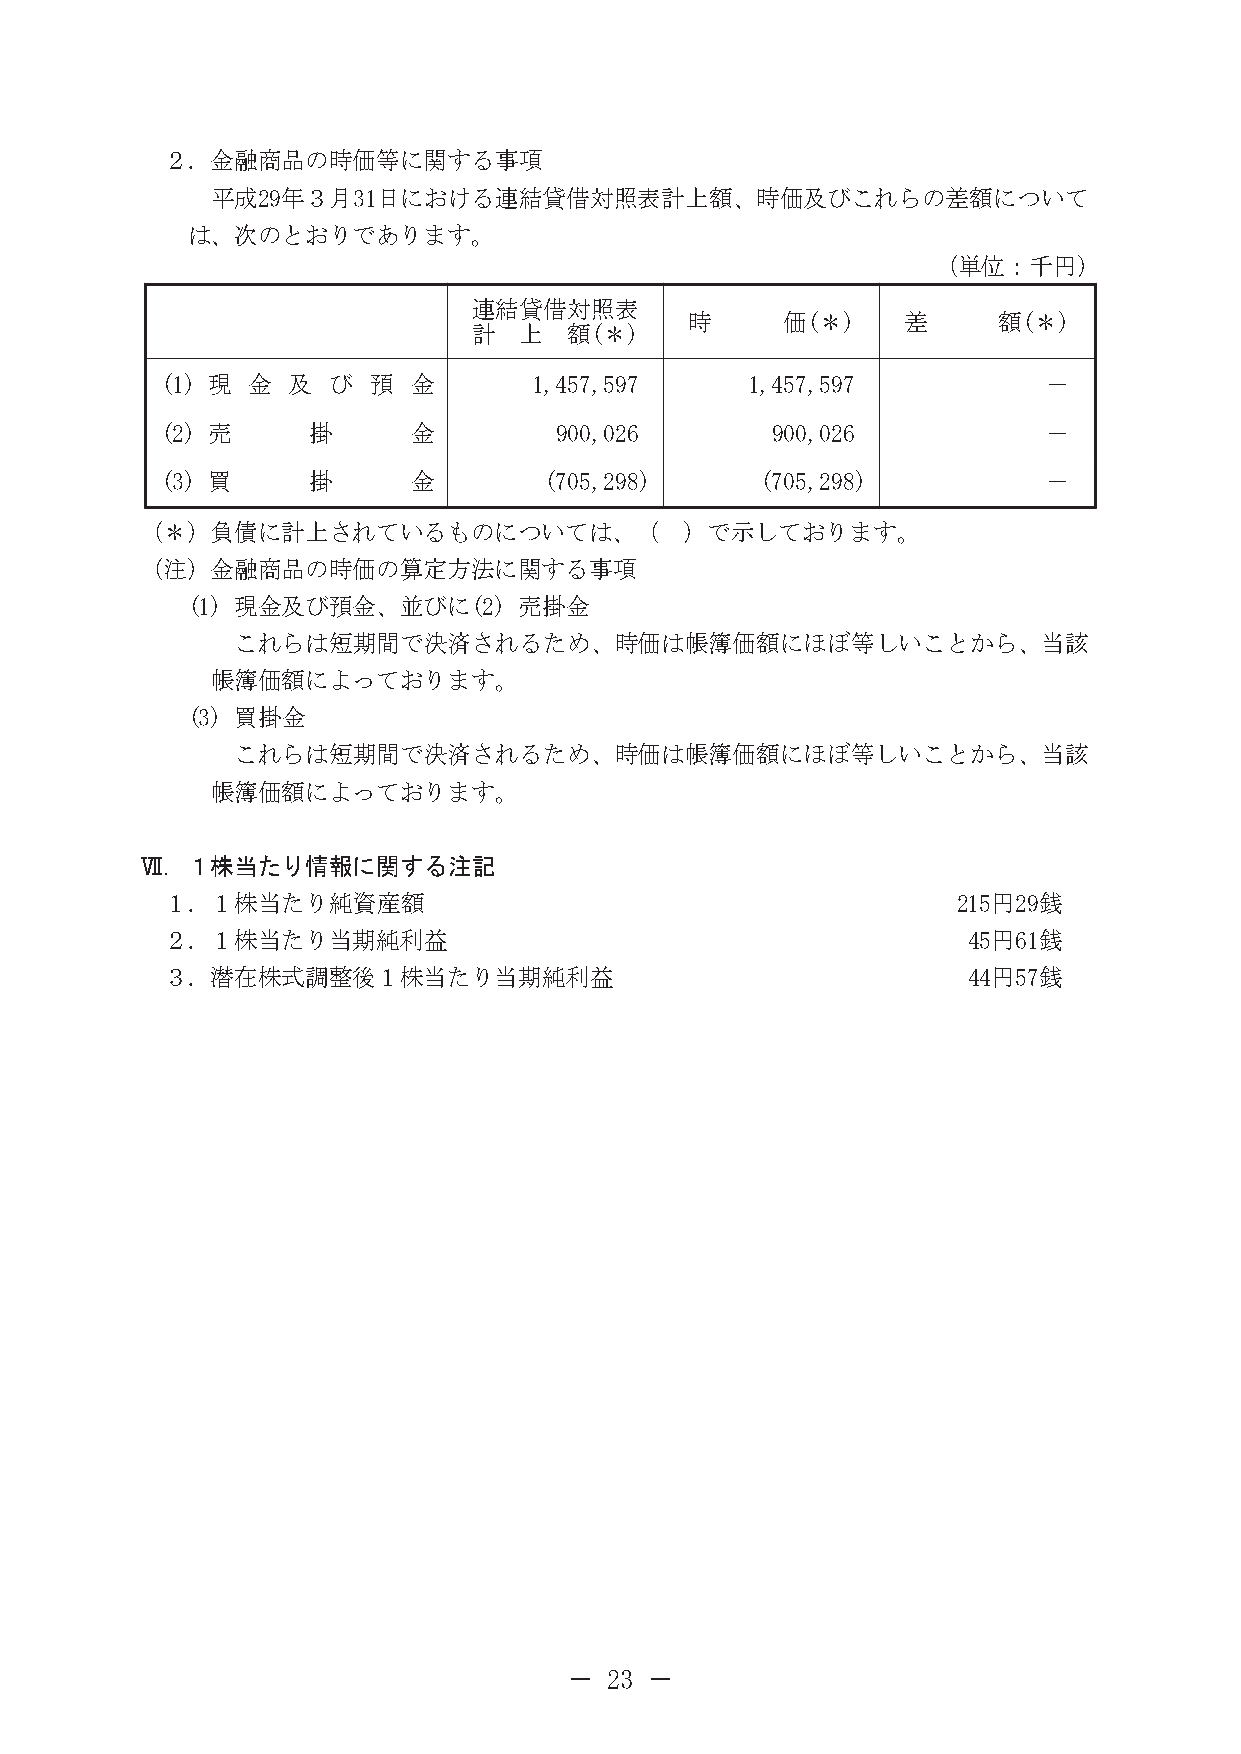
２．金融商品の時価等に関する事項
 平成29年３月31日における連結貸借対照表計上額、時価及びこれらの差額について
 は、次のとおりであります。
 （単位：千円）
 連結貸借対照表
 時     価(＊)    差     額(＊)
 計  上   額(＊)
 (1) 現 金 及  び  預 金       1,457,597      1,457,597          －
 (2) 売    掛      金         900,026       900,026           －
 (3) 買    掛      金        (705,298)     (705,298)          －
 （＊）負債に計上されているものについては、（              ）で示しております。
 （注）金融商品の時価の算定方法に関する事項
 (1) 現金及び預金、並びに(2)     売掛金
 これらは短期間で決済されるため、時価は帳簿価額にほぼ等しいことから、当該
 帳簿価額によっております。
 (3) 買掛金
 これらは短期間で決済されるため、時価は帳簿価額にほぼ等しいことから、当該
 帳簿価額によっております。
 Ⅶ．１株当たり情報に関する注記
 １．１株当たり純資産額                                         215円29銭
 ２．１株当たり当期純利益                                         45円61銭
 ３．潜在株式調整後１株当たり当期純利益                                  44円57銭
 － 23 －